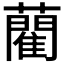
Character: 藺